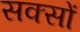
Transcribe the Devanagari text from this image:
सक्सों